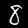
Label: 8